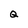
Character: Q